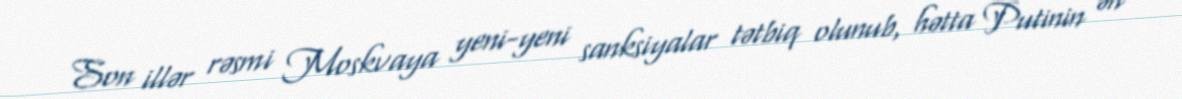
Son illər rəsmi Moskvaya yeni-yeni sanksiyalar tətbiq olunub, hətta Putinin ən